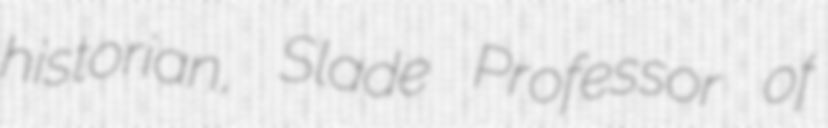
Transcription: historian, Slade Professor of